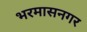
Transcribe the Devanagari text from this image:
भरमासनगर